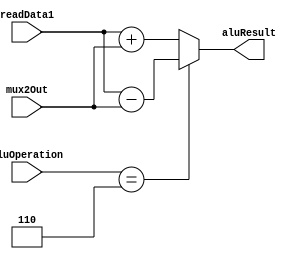
//-----------------------------------------------------
// Design Name : Assignment 3
// Function : This file models the ALU
// Coder    : Waleed Chaudhry
//--------------

module EX_stage(aluOperation, readData1, mux2Out, aluResult);
	input wire [3:0] aluOperation;
	input wire signed [31:0] readData1;
	input wire signed [31:0] mux2Out;

	output reg signed [31:0] aluResult;

	always @ (*) begin
		case(aluOperation) 
			4'b0110: aluResult = readData1 - mux2Out; //sub
		    default: aluResult = readData1 + mux2Out; //add
	 	endcase 
	end
endmodule